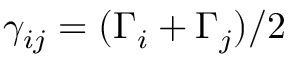
{ \gamma _ { i j } } = ( { \Gamma _ { i } } + { \Gamma _ { j } } ) / 2